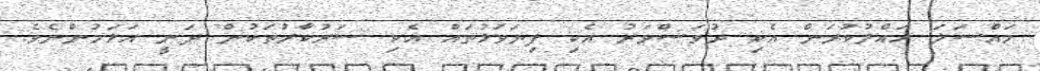
މައްސަލަ ހައްލުކުރަން އެކި ދުވަސްވަރު އެކި ފިޔަވަޅުތައް އެކި ސަރުކާރުތަކުން ދަނީ އަޅަމުންނެވެ.